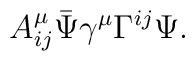
A^\mu_{ij}\bar{\Psi}\gamma^\mu\Gamma^{ij}\Psi.